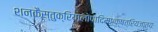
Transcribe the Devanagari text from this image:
शनकैस्तुक्रियालोपादिमाःक्षत्रियजातयः